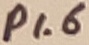
Text: P1.6